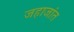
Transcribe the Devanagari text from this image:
जहाजांत